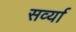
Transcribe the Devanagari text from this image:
सर्व्या